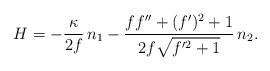
LaTeX: \begin{align*} H=-\frac{\kappa}{2f} \,n_1 - \frac{f f''+(f')^2 + 1}{2f \sqrt{f'^2+1}} \,n_2.\end{align*}